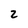
Character: 2